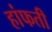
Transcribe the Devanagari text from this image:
हांफती